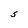
Character: S